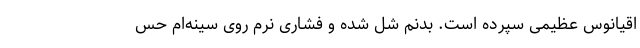
اقیانوس عظیمی سپرده است. بدنم شُل شده و فشاری نرم روی سینه‌ام حس